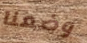
وضعنا